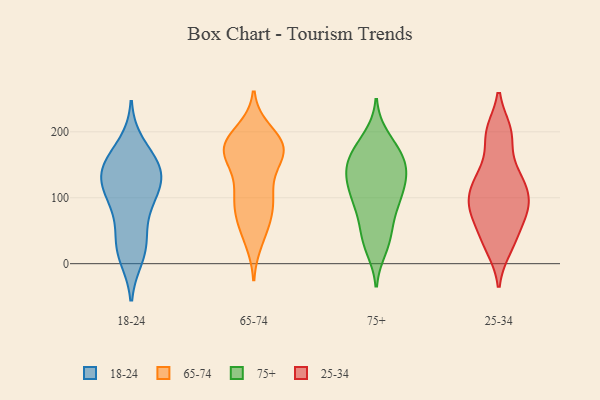
{"axis": {"x": "Budget (USD K)", "y": "Value"}, "legend": ["18-24", "25-34", "65-74", "75+"], "data": [{"x": "", "y": 30, "type": "18-24"}, {"x": "", "y": 43, "type": "18-24"}, {"x": "", "y": 150, "type": "18-24"}, {"x": "", "y": 11, "type": "18-24"}, {"x": "", "y": 180, "type": "18-24"}, {"x": "", "y": 88, "type": "18-24"}, {"x": "", "y": 105, "type": "18-24"}, {"x": "", "y": 18, "type": "18-24"}, {"x": "", "y": 145, "type": "18-24"}, {"x": "", "y": 157, "type": "18-24"}, {"x": "", "y": 138, "type": "18-24"}, {"x": "", "y": 113, "type": "18-24"}, {"x": "", "y": 134, "type": "18-24"}, {"x": "", "y": 134, "type": "18-24"}, {"x": "", "y": 93, "type": "18-24"}, {"x": "", "y": 170, "type": "65-74"}, {"x": "", "y": 167, "type": "65-74"}, {"x": "", "y": 119, "type": "65-74"}, {"x": "", "y": 176, "type": "65-74"}, {"x": "", "y": 67, "type": "65-74"}, {"x": "", "y": 36, "type": "65-74"}, {"x": "", "y": 72, "type": "65-74"}, {"x": "", "y": 93, "type": "65-74"}, {"x": "", "y": 179, "type": "65-74"}, {"x": "", "y": 178, "type": "65-74"}, {"x": "", "y": 45, "type": "65-74"}, {"x": "", "y": 177, "type": "65-74"}, {"x": "", "y": 200, "type": "65-74"}, {"x": "", "y": 88, "type": "65-74"}, {"x": "", "y": 167, "type": "65-74"}, {"x": "", "y": 152, "type": "65-74"}, {"x": "", "y": 100, "type": "65-74"}, {"x": "", "y": 172, "type": "65-74"}, {"x": "", "y": 110, "type": "65-74"}, {"x": "", "y": 193, "type": "65-74"}, {"x": "", "y": 131, "type": "75+"}, {"x": "", "y": 102, "type": "75+"}, {"x": "", "y": 144, "type": "75+"}, {"x": "", "y": 149, "type": "75+"}, {"x": "", "y": 100, "type": "75+"}, {"x": "", "y": 167, "type": "75+"}, {"x": "", "y": 93, "type": "75+"}, {"x": "", "y": 143, "type": "75+"}, {"x": "", "y": 24, "type": "75+"}, {"x": "", "y": 165, "type": "75+"}, {"x": "", "y": 160, "type": "75+"}, {"x": "", "y": 38, "type": "75+"}, {"x": "", "y": 183, "type": "75+"}, {"x": "", "y": 76, "type": "75+"}, {"x": "", "y": 98, "type": "75+"}, {"x": "", "y": 33, "type": "75+"}, {"x": "", "y": 191, "type": "75+"}, {"x": "", "y": 130, "type": "75+"}, {"x": "", "y": 123, "type": "75+"}, {"x": "", "y": 53, "type": "75+"}, {"x": "", "y": 98, "type": "25-34"}, {"x": "", "y": 94, "type": "25-34"}, {"x": "", "y": 70, "type": "25-34"}, {"x": "", "y": 120, "type": "25-34"}, {"x": "", "y": 133, "type": "25-34"}, {"x": "", "y": 125, "type": "25-34"}, {"x": "", "y": 84, "type": "25-34"}, {"x": "", "y": 141, "type": "25-34"}, {"x": "", "y": 24, "type": "25-34"}, {"x": "", "y": 29, "type": "25-34"}, {"x": "", "y": 198, "type": "25-34"}, {"x": "", "y": 195, "type": "25-34"}, {"x": "", "y": 43, "type": "25-34"}, {"x": "", "y": 92, "type": "25-34"}, {"x": "", "y": 73, "type": "25-34"}, {"x": "", "y": 200, "type": "25-34"}]}